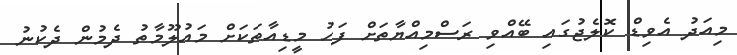
މިއަދު އެވިޑް ކޮލެޖުގައި ބޭއްވި ރަސްމިއްޔާތަށް ފަހު މީޑިއާތަކަށް މައުލޫމާތު ދެމުން ދެކުނު